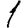
Digit: 1